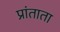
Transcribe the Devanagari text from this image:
प्रांताता